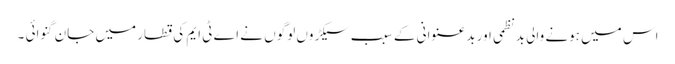
اس میں ہونے والی بدنظمی اور بدعنوانی کے سبب سیکڑوں لوگوں نے اے ٹی ایم کی قطار میں جان گنوائی ۔